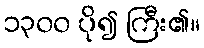
၁၃၀၀ ပို၍ ကြီး၏။